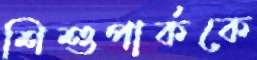
শিশুপার্ককে